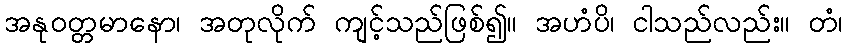
အနုဝတ္တမာနော၊ အတုလိုက် ကျင့်သည်ဖြစ်၍။ အဟံပိ၊ ငါသည်လည်း။ တံ၊